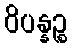
ဝိပန္နဉ္စ